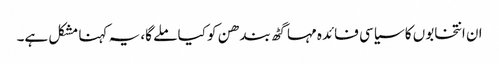
ان انتخابوں کا سیاسی فائدہ مہا گٹھ بندھن کو کیا ملے گا، یہ کہنا مشکل ہے۔